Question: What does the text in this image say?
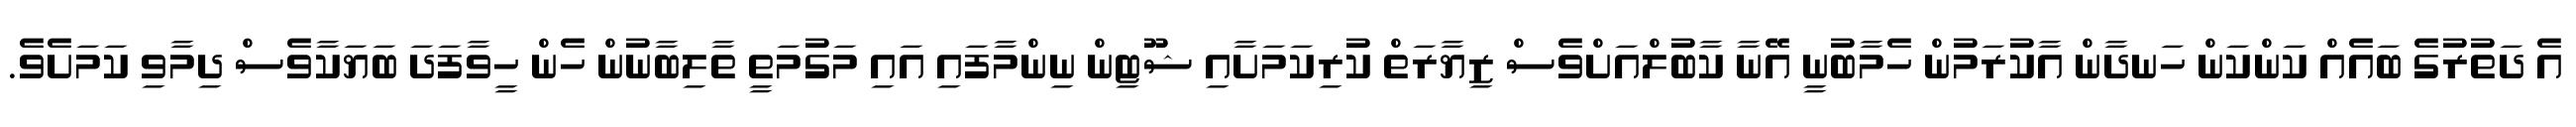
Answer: އެ ދަތުރުގެ ބައެއް ކަންކަން ހަނދާން އާކުރަމުން ހެމާބުނީ އޭނާ ކާބުލްއަށްވެސް ޒިޔާރަތް ކުރިކަމަށާއި ޝޫޓިން ނިންމާފައި އައި މަގުމަތީ ތާލިބާނުން ހެން ހީވާފަދަ ބަޔަކާވެސް ދިމާވި ކަމަށެވެ.